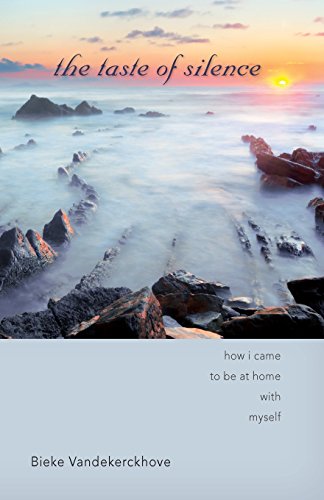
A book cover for The Taste of Silence; Bieke Vandekerckhove; Christian Books & Bibles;